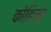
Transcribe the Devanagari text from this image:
कोहिला